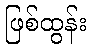
ဖြစ်ထွန်း